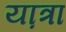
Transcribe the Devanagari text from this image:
या़त्रा